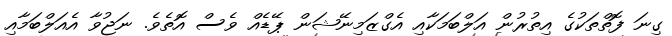
ގިނަ ފޮތްތަކުގެ އިތުރުން އަލްބަމަކާއި އެގްޒަމިނޭޝަން ޕޭޑެއް ވެސް އޮތެވެ. ނަޖުވާ އެއަލްބަމާއި